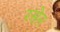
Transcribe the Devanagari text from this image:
रसेन